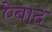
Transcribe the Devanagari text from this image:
ऐबाद